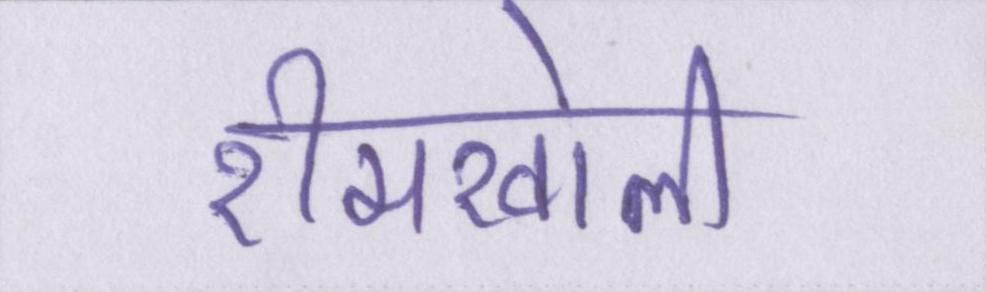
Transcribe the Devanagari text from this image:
रीमखोली